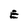
Character: E